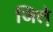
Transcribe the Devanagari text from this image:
जिले़